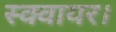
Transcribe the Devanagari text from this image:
स्क्वायर।